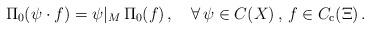
LaTeX: \begin{align*}\Pi_0(\psi\cdot f)=\psi|_M\,\Pi_0(f)\,,\quad\forall\,\psi\in C(X)\,,\,f\in C_{\rm c}(\Xi)\,.\end{align*}